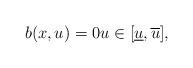
LaTeX: \begin{align*}b(x,u)=0u\in \lbrack \underline{u},\overline{u}],\end{align*}